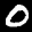
Label: 0